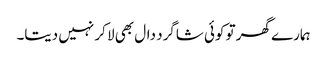
ہمارے گھر تو کوئی شاگرد دال بھی لا کر نہیں دیتا۔